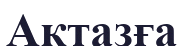
Ақтазға